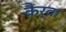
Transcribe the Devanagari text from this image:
कैर्वा